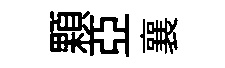
顆亞襄